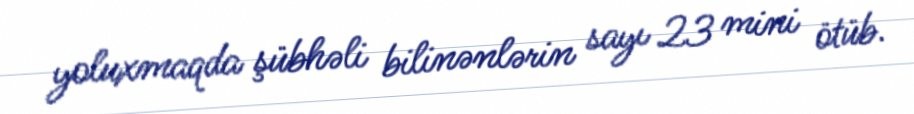
yoluxmaqda şübhəli bilinənlərin sayı 23 mini ötüb.